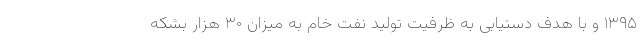
۱۳۹۵ و با هدف دستیابی به ظرفیت تولید نفت خام به میزان ۳۰ هزار بشکه